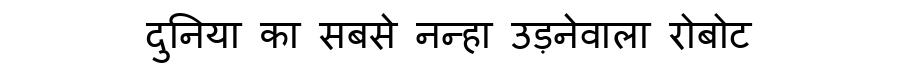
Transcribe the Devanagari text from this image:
दुनिया का सबसे नन्हा उड़नेवाला रोबोट